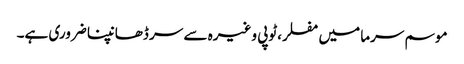
موسم سرما میں مفلر،ٹوپی وغیرہ سے سر ڈھانپنا ضروری ہے۔